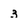
Character: 3